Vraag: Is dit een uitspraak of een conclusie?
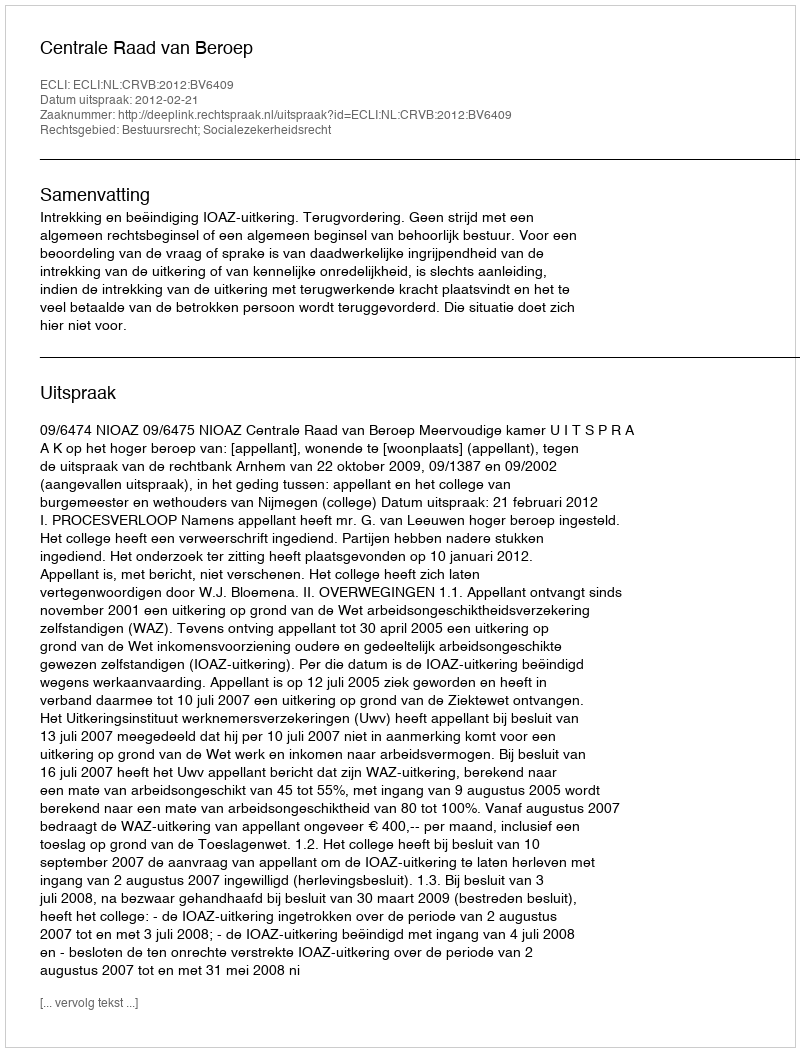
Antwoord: Uitspraak